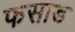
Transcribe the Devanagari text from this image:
फसाड